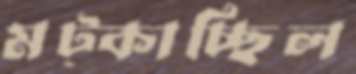
মট্‌কাচ্ছিল